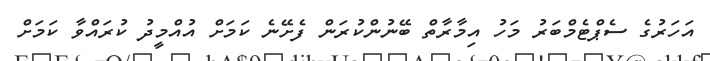
އަހަރުގެ ސެޕްޓެމްބަރު މަހު އިމާރާތް ބޭނުންކުރަން ފެށޭނެ ކަމަށް އުއްމީދު ކުރައްވާ ކަމަށް